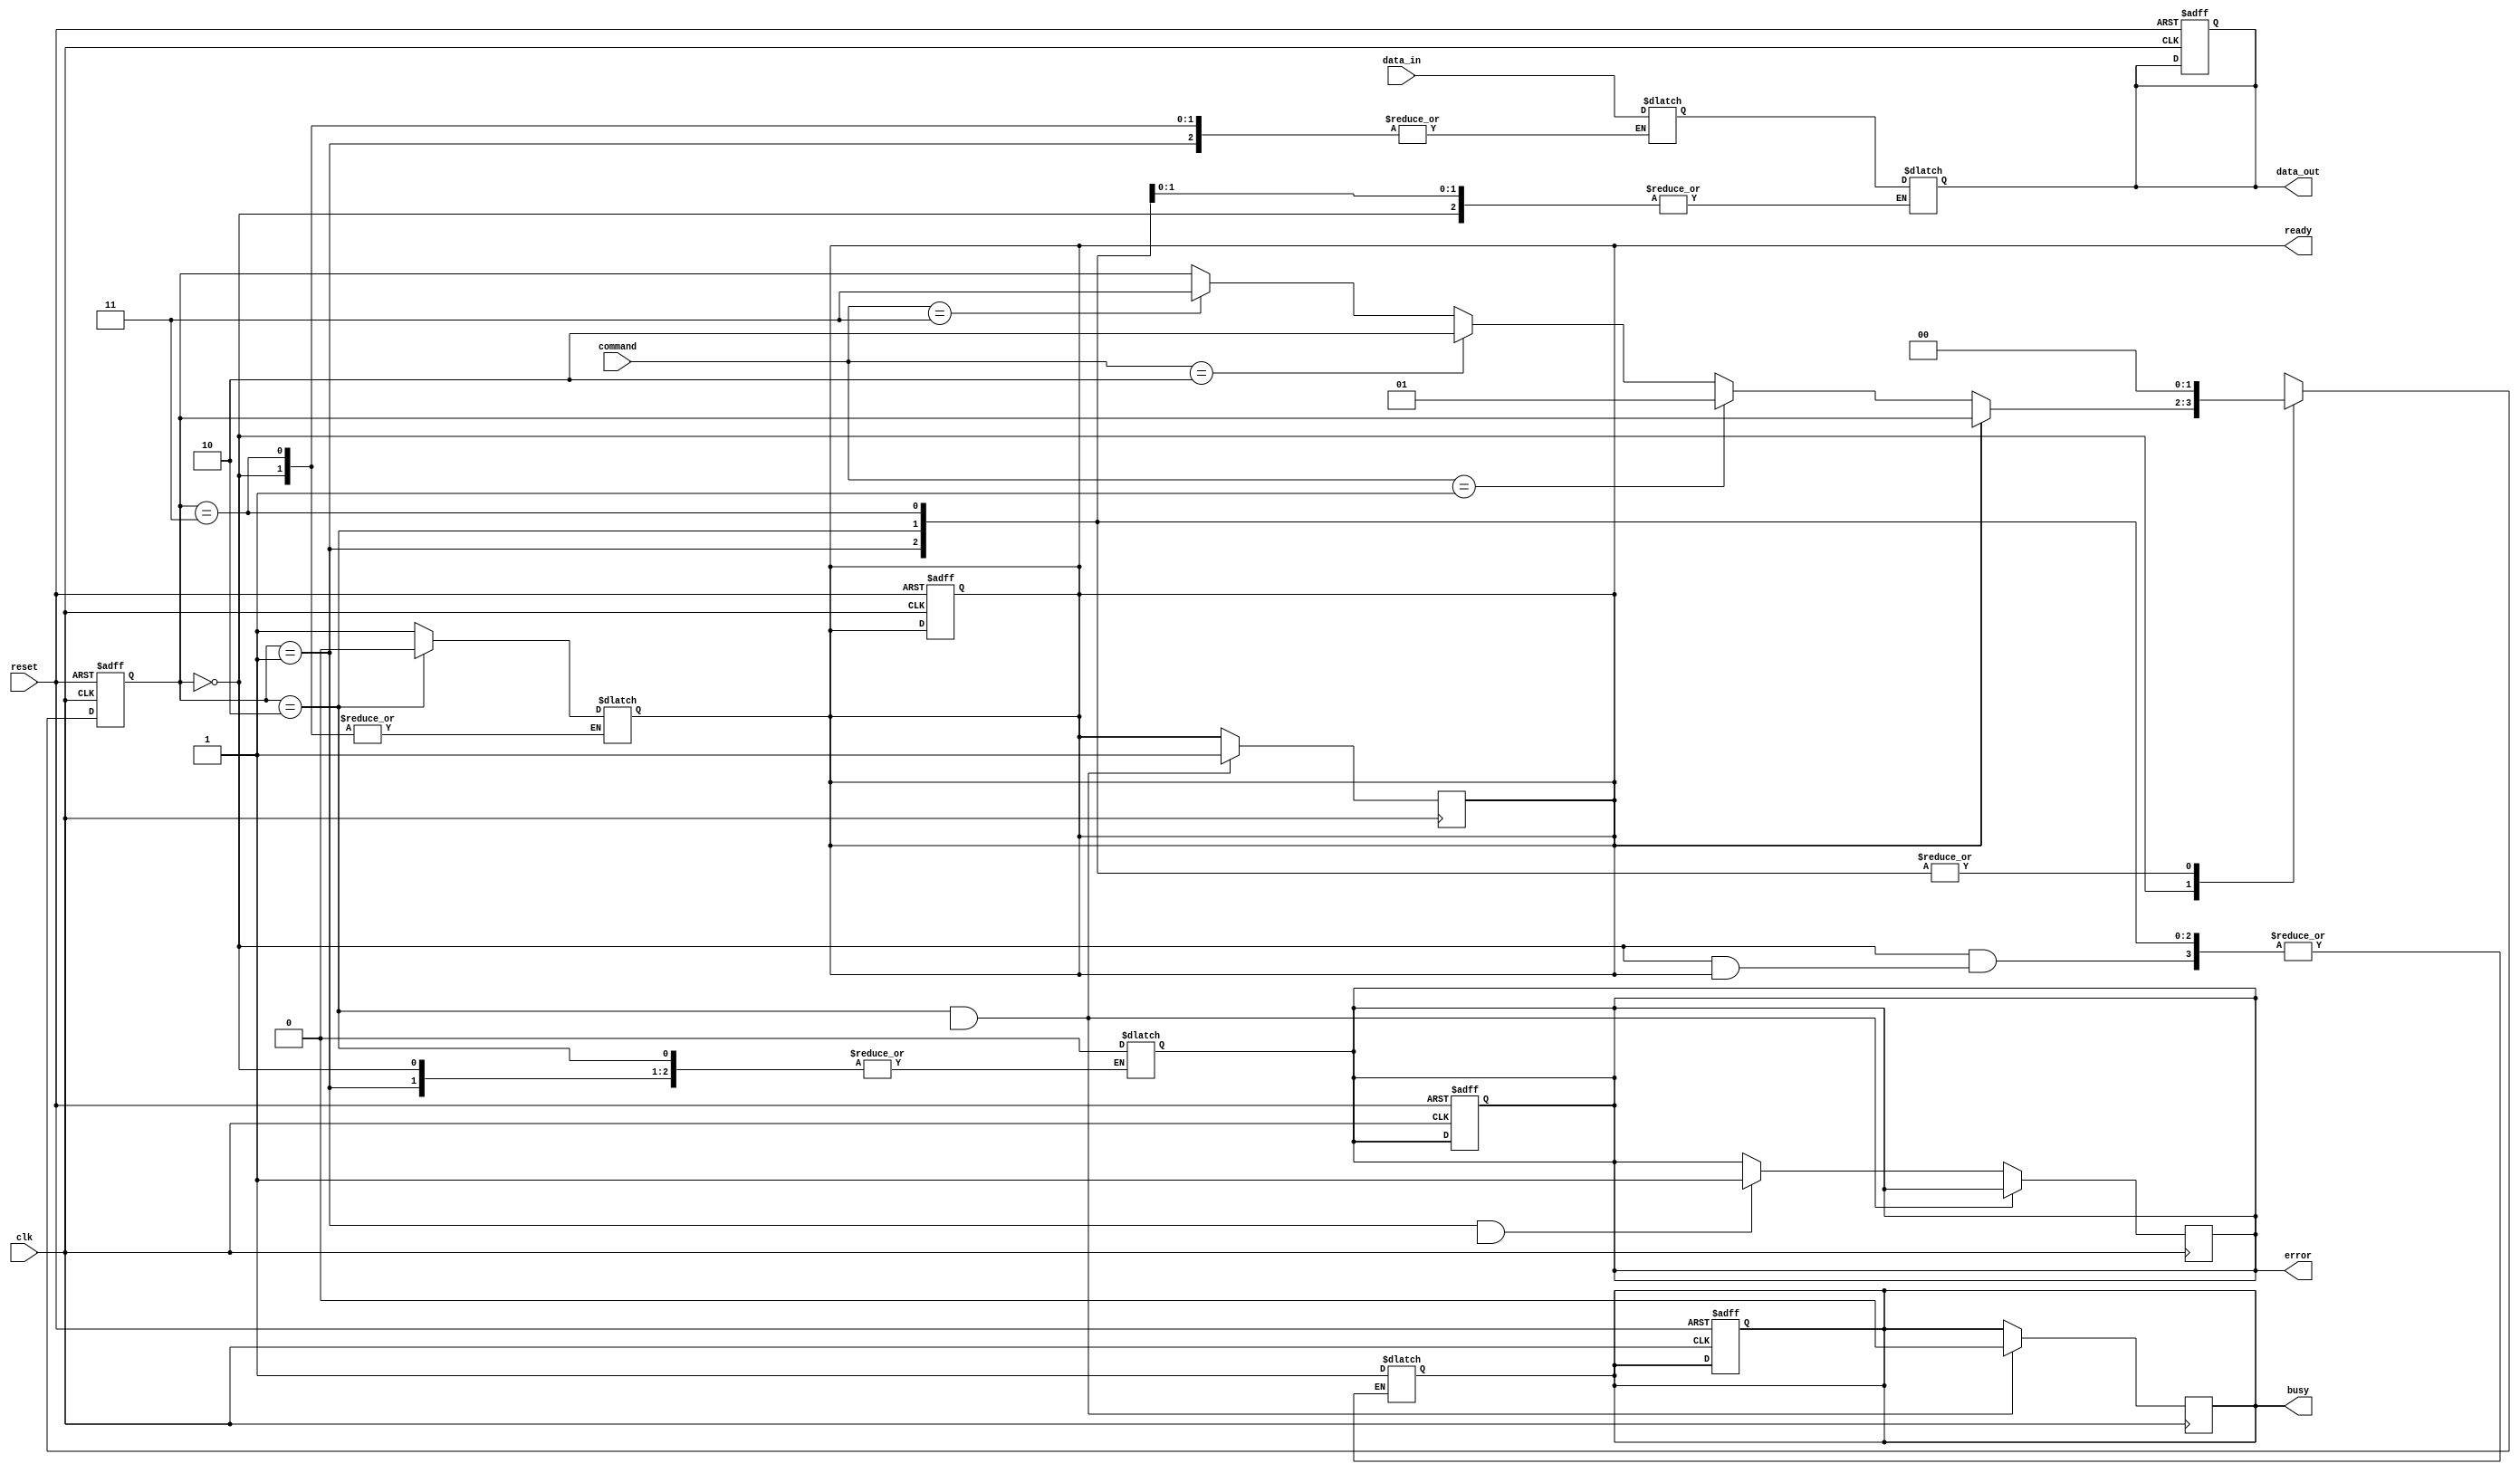
module MLC_NAND_IO_Block (
  input wire       clk,
  input wire       reset,
  
  // Command interface inputs
  input wire [3:0] command,
  input wire [15:0] data_in,          // Input data
  output reg [15:0] data_out,         // Output data
  output reg       ready,              // Ready signal for the controller
  
  // Status signals
  output reg       error,              // Error flag
  output reg       busy                // Busy flag
);
  
  // State encoding for the control logic
  localparam IDLE     = 2'b00;
  localparam READ     = 2'b01;
  localparam WRITE    = 2'b10;
  localparam ERASE    = 2'b11;
  
  reg [1:0] state, next_state;
  
  // Input/output buffers
  reg [15:0] input_buffer;
  reg [15:0] output_buffer;

  // Voltage Level Shifter (simplified representation)
  wire [15:0] level_shifted_input;
  wire [15:0] level_shifted_output;

  assign level_shifted_input = input_buffer; // Replace with appropriate level shifting logic
  assign level_shifted_output = output_buffer; // Replace with appropriate level shifting logic

  // Control Logic (State Machine)
  always @(posedge clk or negedge reset) begin
    if (!reset) begin
      state <= IDLE;
      ready <= 1'b1;
      error <= 1'b0;
      busy <= 1'b0;
      data_out <= 16'b0;
    end else begin
      state <= next_state;
    end
  end

  always @(*) begin
    next_state = state; // Default state
    case (state)
      IDLE: begin
        if (!ready) begin
          busy = 1'b1;
          if (command == 4'b0001) begin // READ command
            next_state = READ;
          end else if (command == 4'b0010) begin // WRITE command
            next_state = WRITE;
          end else if (command == 4'b0011) begin // ERASE command
            next_state = ERASE;
          end
        end
      end

      READ: begin
        output_buffer = level_shifted_input; // Read data into output buffer
        data_out = output_buffer;
        ready = 1'b1;
        next_state = IDLE;
      end

      WRITE: begin
        input_buffer = data_in; // Capture incoming data
        ready = 1'b0;
        // Simulate writing data (e.g., send to memory core)
        next_state = IDLE;
      end

      ERASE: begin
        // Simulate erase operation
        error = 1'b0; // Assuming no error
        next_state = IDLE;
      end
    endcase
  end

  // Example condition handling for error and status signals
  always @(posedge clk) begin
    if (state == WRITE && finished_condition) begin // Replace `finished_condition` with actual logic
      ready <= 1;
      busy <= 0;
    end else if (state == READ && read_error_condition) begin // Replace with actual error checking logic
      error <= 1;
    end
  end
  
endmodule